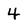
Character: 4